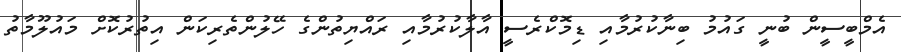
އެމްބީސީން ބުނީ ގައުމު ބިނާކުރުމާއި ޑިމޮކްރެސީ އާލާކުރުމާއި ރައްޔިތުންގެ ހޭލުންތެރިކަން އިތުރުކޮށް މައުލޫމާތު